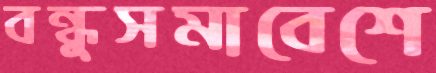
বন্ধুসমাবেশে